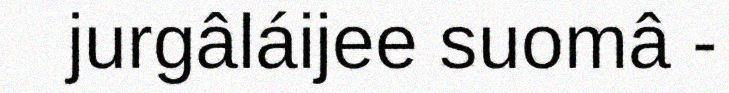
jurgâláijee suomâ -